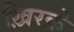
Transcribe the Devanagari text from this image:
ख़िरक़े